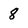
Character: 8